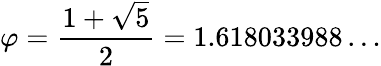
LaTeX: \varphi={\frac{1+{\sqrt{5}}}{2}}=1.618033988\ldots